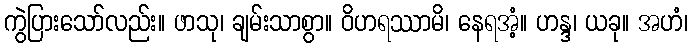
ကွဲပြားသော်လည်း။ ဖာသု၊ ချမ်းသာစွာ။ ဝိဟရဿာမိ၊ နေရအံ့။ ဟန္ဒ၊ ယခု။ အဟံ၊